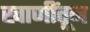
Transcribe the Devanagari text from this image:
खाणींतून